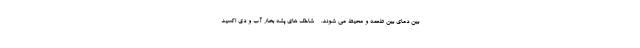
بین دمای بین طعمه و محیط می شوند. - شاخک های پشه بخار آب و دی اکسید